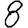
Digit: 8